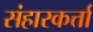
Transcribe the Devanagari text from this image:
संहारकर्त्ता